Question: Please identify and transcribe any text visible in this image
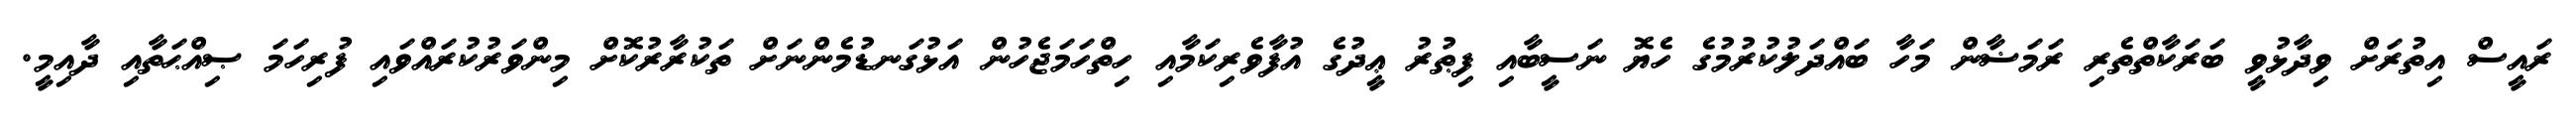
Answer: ރައީސް އިތުރަށް ވިދާޅުވީ ބަރަކާތްތެރި ރަމަޟާން މަހާ ބައްދަލުކުރުމުގެ ހެޔޮ ނަސީބާއި ފިޠުރު ޢީދުގެ އުފާވެރިކަމާއި ހިތްހަމަޖެހުން އަޅުގަނޑުމެންނަށް ތަކުރާރުކޮށް މިންވަރުކުރައްވައި ފުރިހަމަ ޞިއްޙަތާއި ދާއިމީ.